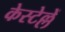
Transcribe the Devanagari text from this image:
केस्टेल्लें